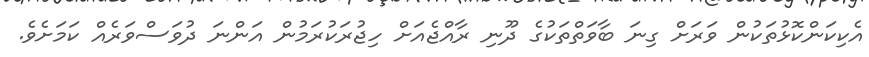
އެކިކަންކޮޅުތަކުން ވަރަށް ގިނަ ބާވަތްތަކުގެ ދޫނި ރާއްޖެއަށް ހިޖުރަކުރަމުން އަންނަ ދުވަސްވަރެއް ކަމަށެވެ.